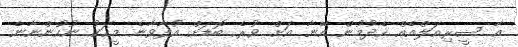
އާ ސީރިއަލްއެއް ހެދުމުން އޭނާ އަށް ވުރެ ބޮޑަށް އުފާވާނެ މީހަކު ނުހުންނާނެ